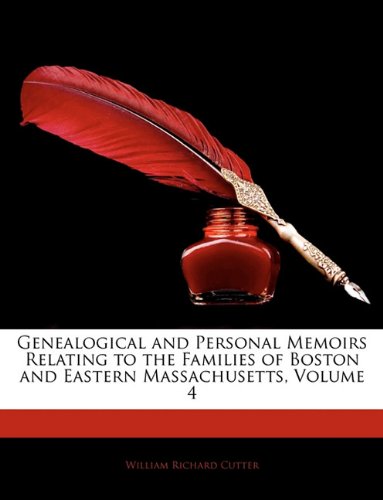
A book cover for Genealogical and Personal Memoirs Relating to the Families of Boston and Eastern Massachusetts, Volume 4; William Richard Cutter; Biographies & Memoirs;